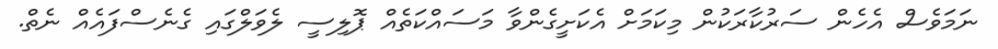
ނަމަވެސް އެހެން ސަރުކާރަކުން މިކަމަށް އެކަށީގެންވާ މަސައްކަތެއް ޕޮލިސީ ލެވަލްގައި ގެނެސްފައެއް ނެތް.